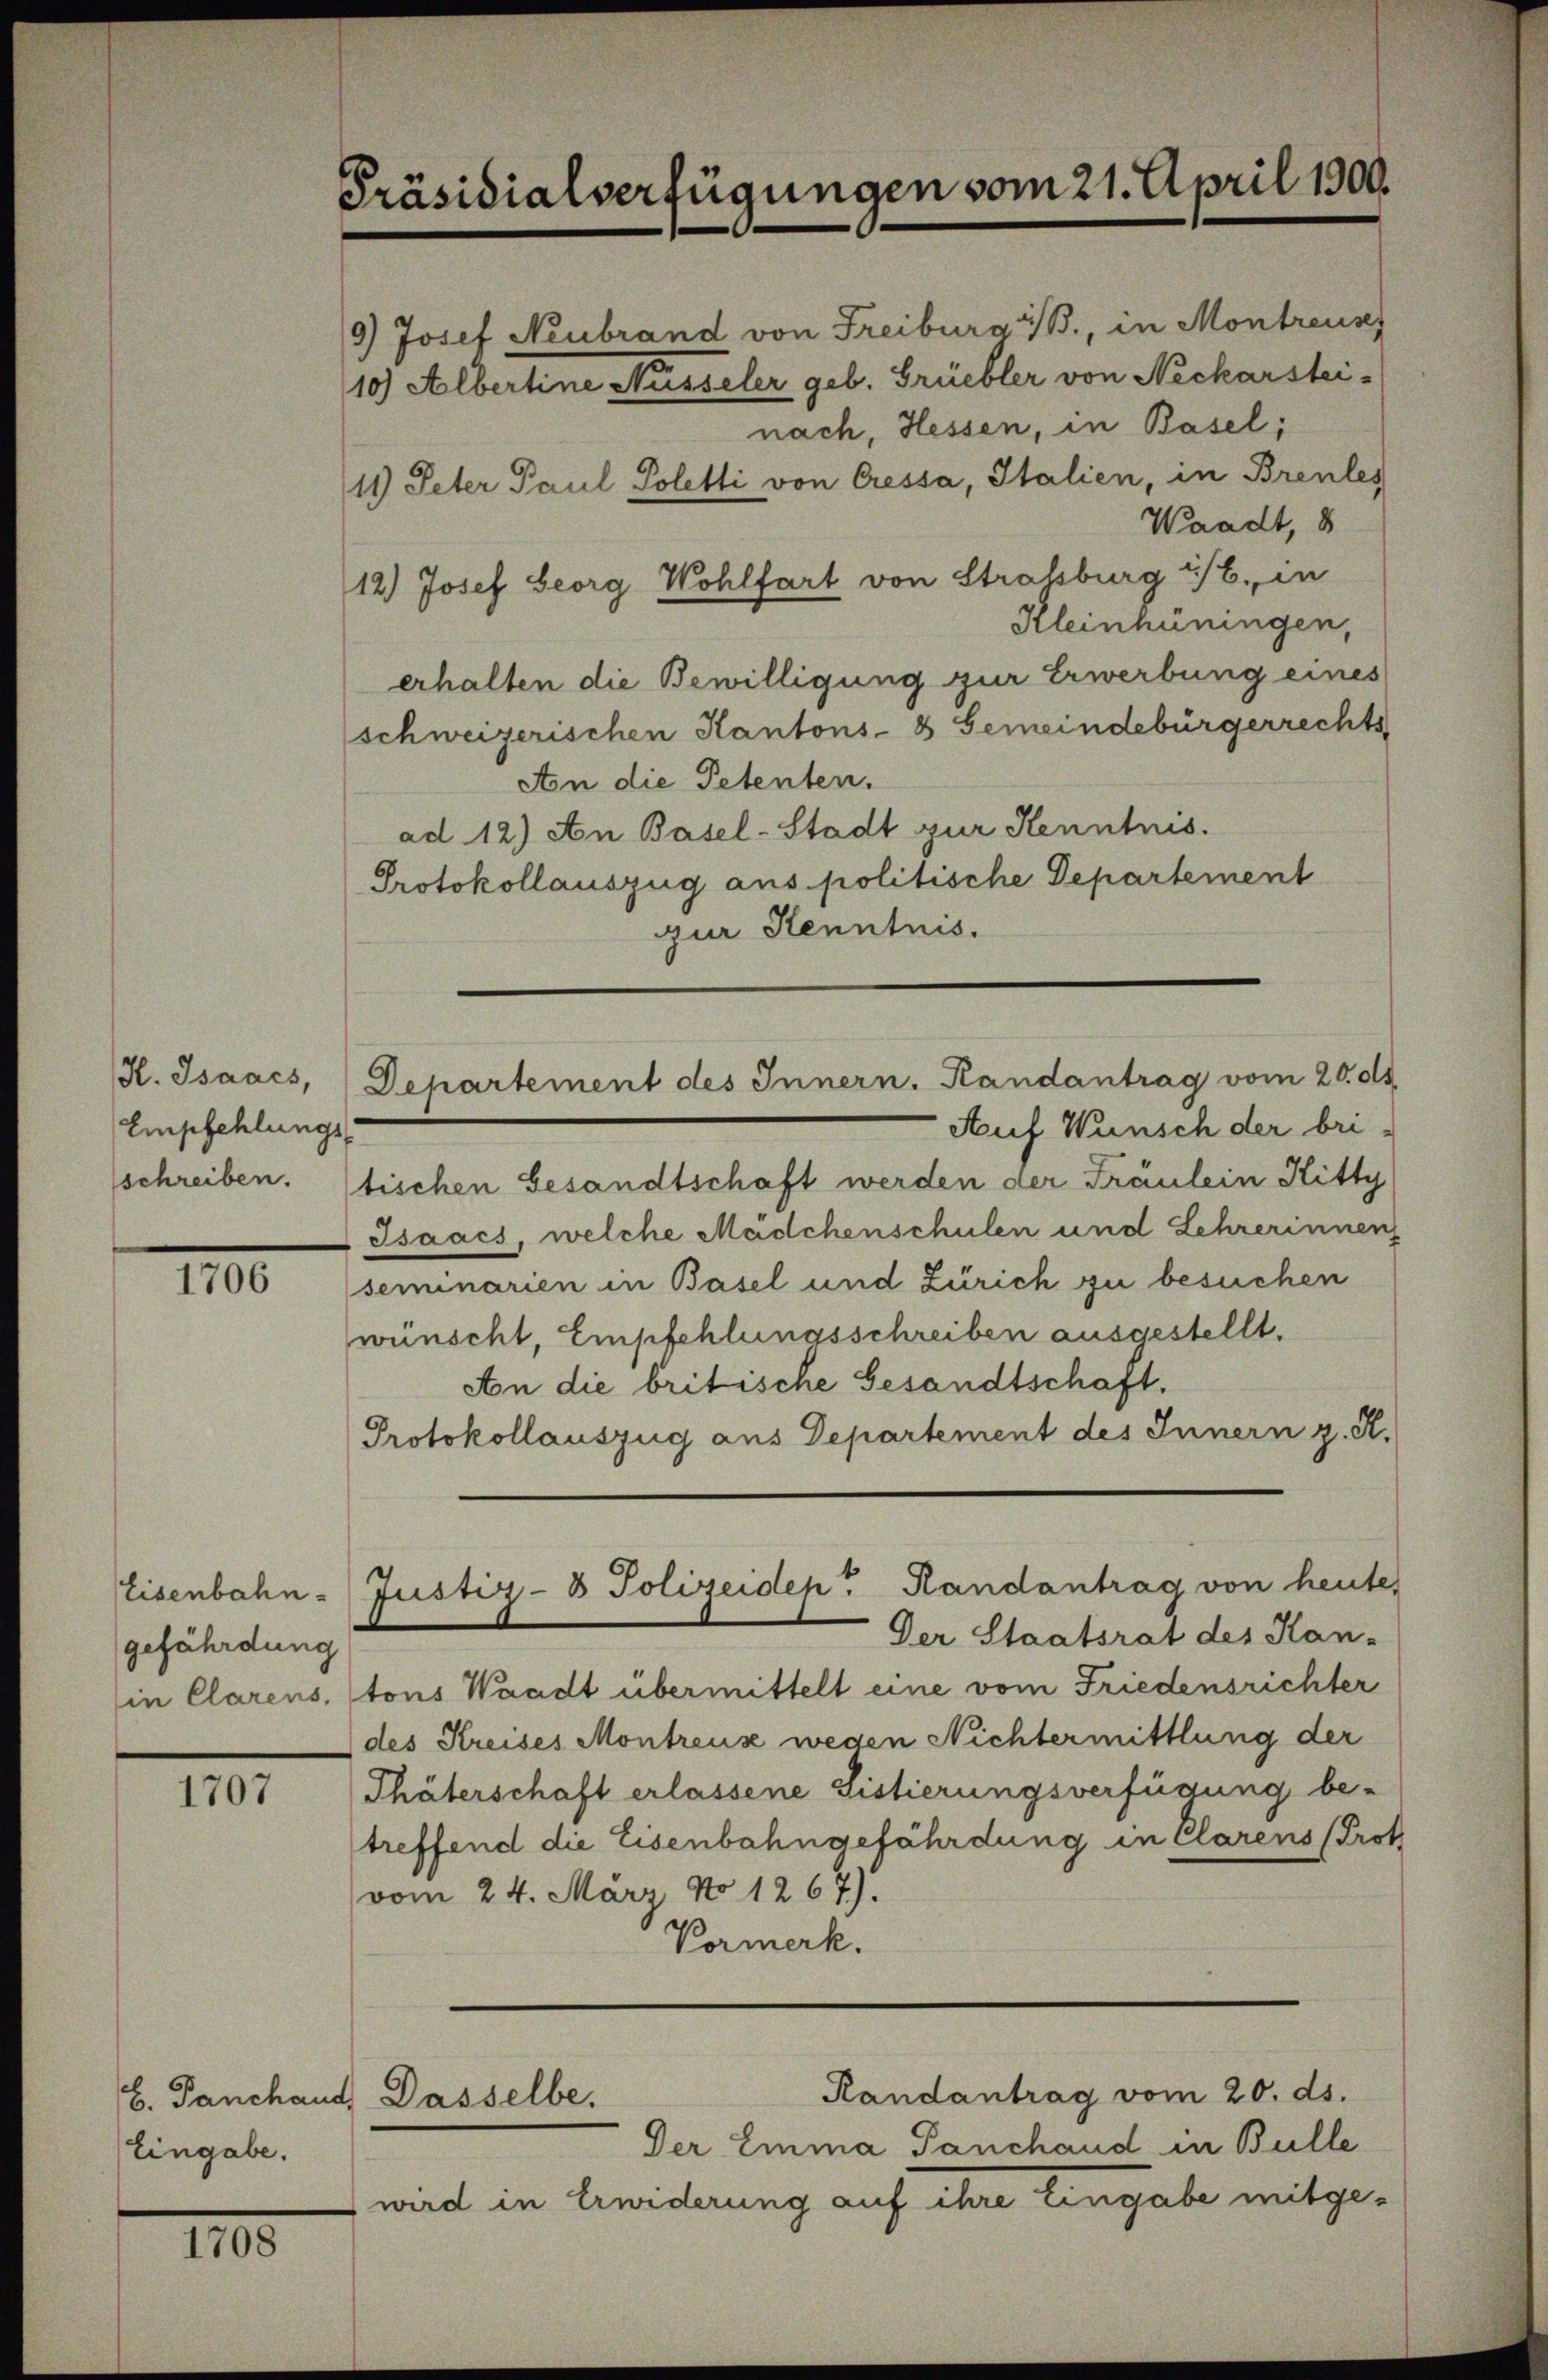
H. Isaacs,
Empfehlungs-
sschreiben.

1100

gefährdung

1707

Eingabe.

III

Präsidialverfügungen vom 21. April 1900.

12.) Josef Georg Wohlfart von Strassburg i/B. in
Kleinhüningen,
erhalten die Bewilligung zur Erwerbung eines
(schweizerischen Kantons- & Gemeindebürgerrechts
An die Petenten.
ad 12) An Basel-Stadt zur Kenntnis.
Protokollauszug aus politische Departement
zur Kenntnis.

Departement des Innern. Randantrag vom 20. ds

Auf Wunsch der bri-
tischen Gesandtschaft werden der Fräulein Hitty
Isaacs, welche Mädchenschulen und Lehrerinnenz
seminarien in Basel und Zürich zu besuchen
wünscht, Empfehlungsschreiben ausgestellt.
An die britische Gesandtschaft.
Protokollauszug aus Departement des Innern z. R.
Eisenbahn-Justiz- & Polizeidep. Randantrag von heutes
Der Staatsrat des Kan-
in Clarens, tous Waadt übermittelt eine vom Friedensrichter
des Kreises Montreuse wegen Nichtermittlung der
Thäterschaft erlassene Sistierungsverfügung be-
treffend die Eisenbahngefährdung in Clarens Prot
vom 24. März No 1267).
Vormerk.

b. Tanchaut, Dasselbe.

9) Josef Neubrand von Freiburg i/B., in Montreuss
10.) Albertine Nüsseler geb. Grüebler von Neckarsteinach, Hessen, in Basel;
11) Peter Paul Poletti von Cressa, Italien, in Brentes
Waadt, 8

Der Emma Panchand in Bulle
wird in Erwiderung auf ihre Eingabe mitge¬

Randantrag vom 20. ds.